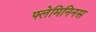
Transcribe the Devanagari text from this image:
फ्लेमिनिनस